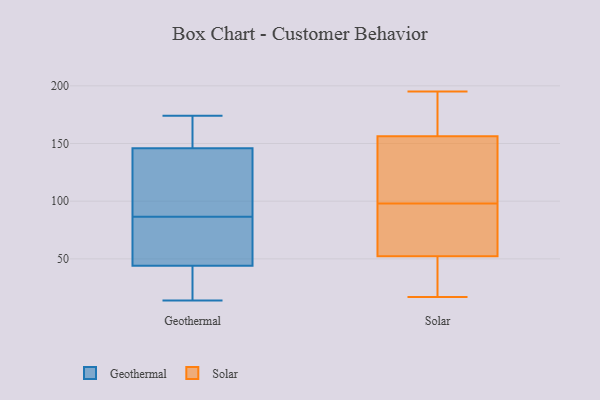
{"axis": {"x": "Energy Usage (MWh)", "y": "Value"}, "legend": ["Geothermal", "Solar"], "data": [{"x": "", "y": 146, "type": "Geothermal"}, {"x": "", "y": 80, "type": "Geothermal"}, {"x": "", "y": 93, "type": "Geothermal"}, {"x": "", "y": 35, "type": "Geothermal"}, {"x": "", "y": 161, "type": "Geothermal"}, {"x": "", "y": 14, "type": "Geothermal"}, {"x": "", "y": 174, "type": "Geothermal"}, {"x": "", "y": 47, "type": "Geothermal"}, {"x": "", "y": 111, "type": "Geothermal"}, {"x": "", "y": 44, "type": "Geothermal"}, {"x": "", "y": 51, "type": "Solar"}, {"x": "", "y": 115, "type": "Solar"}, {"x": "", "y": 17, "type": "Solar"}, {"x": "", "y": 98, "type": "Solar"}, {"x": "", "y": 18, "type": "Solar"}, {"x": "", "y": 195, "type": "Solar"}, {"x": "", "y": 48, "type": "Solar"}, {"x": "", "y": 115, "type": "Solar"}, {"x": "", "y": 183, "type": "Solar"}, {"x": "", "y": 83, "type": "Solar"}, {"x": "", "y": 190, "type": "Solar"}, {"x": "", "y": 70, "type": "Solar"}, {"x": "", "y": 133, "type": "Solar"}, {"x": "", "y": 56, "type": "Solar"}, {"x": "", "y": 164, "type": "Solar"}]}